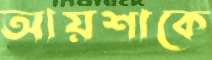
আয়শাকে